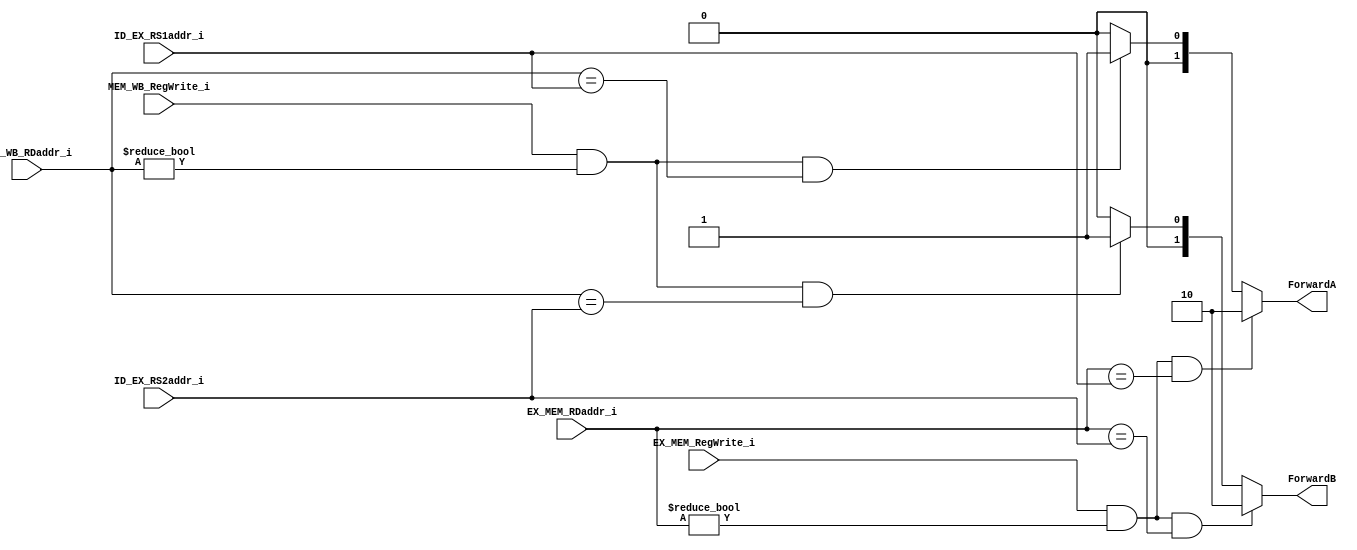
module Forward(
	ID_EX_RS1addr_i,
	ID_EX_RS2addr_i,
	EX_MEM_RDaddr_i,
	MEM_WB_RDaddr_i,
	EX_MEM_RegWrite_i,
	MEM_WB_RegWrite_i,
	ForwardA,
	ForwardB
);
input [4:0] ID_EX_RS1addr_i;
input [4:0] ID_EX_RS2addr_i;
input [4:0] EX_MEM_RDaddr_i;
input [4:0] MEM_WB_RDaddr_i;
input EX_MEM_RegWrite_i;
input MEM_WB_RegWrite_i;
output reg [1:0] ForwardA;
output reg [1:0] ForwardB;

parameter from_EX_MEM = 2'b10; // select data2_i
parameter from_MEM_WB = 2'b01; // select data3_i
parameter from_ID_EX = 2'b00; // select data1_i

initial begin
	ForwardA = from_ID_EX;
	ForwardB = from_ID_EX;
end

always @(*) begin
	// A
	if(EX_MEM_RegWrite_i && EX_MEM_RDaddr_i != 0 && EX_MEM_RDaddr_i == ID_EX_RS1addr_i)
		ForwardA <= from_EX_MEM;
	else if(MEM_WB_RegWrite_i && MEM_WB_RDaddr_i != 0 && MEM_WB_RDaddr_i == ID_EX_RS1addr_i)
		ForwardA <= from_MEM_WB;
	else
		ForwardA <= from_ID_EX;
	// B
	if(EX_MEM_RegWrite_i && EX_MEM_RDaddr_i != 0 && EX_MEM_RDaddr_i == ID_EX_RS2addr_i)
		ForwardB <= from_EX_MEM;
	else if(MEM_WB_RegWrite_i && MEM_WB_RDaddr_i != 0 && MEM_WB_RDaddr_i == ID_EX_RS2addr_i)
		ForwardB <= from_MEM_WB;
	else
		ForwardB <= from_ID_EX;
end
endmodule